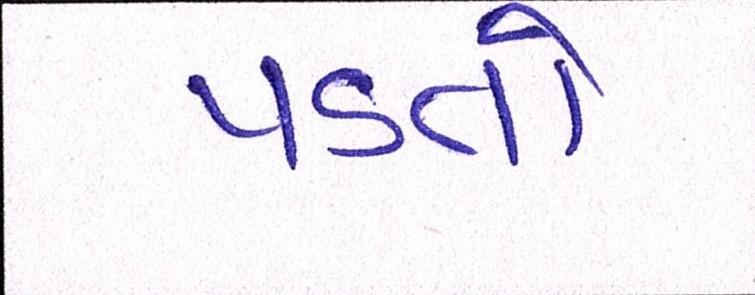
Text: પડતો